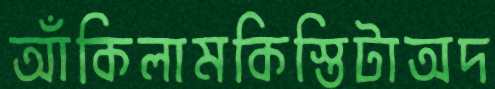
আঁকিলামকিস্তিটাঅদ